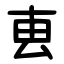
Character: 叀